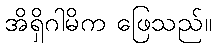
အိရှိဂါမိက ဖြေသည်။